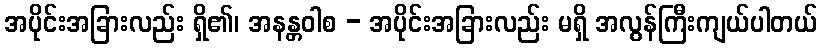
အပိုင်းအခြားလည်း ရှိ၏၊ အနန္တဝါစ - အပိုင်းအခြားလည်း မရှိ အလွန်ကြီးကျယ်ပါတယ်